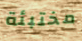
مختبئة